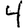
Digit: 4